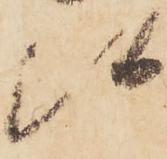
候